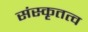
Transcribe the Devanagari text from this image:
संस्कृतत्व